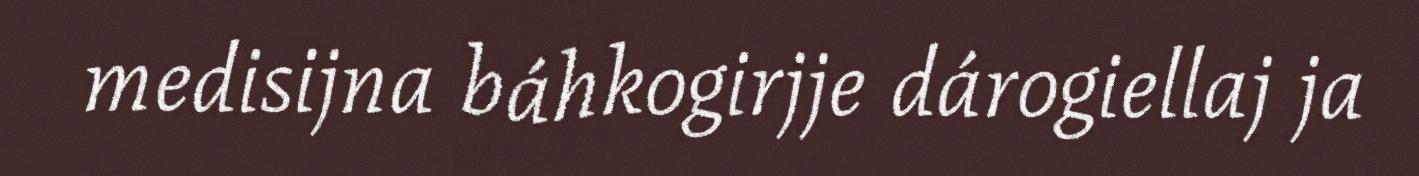
medisijna báhkogirjje dárogiellaj ja